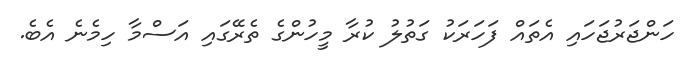
ހަންޖަރުޖަހައި އެތައް ފަހަރަކު ގަތުލު ކުރާ މީހުންގެ ތެރޭގައި އަސްމާ ހިމެނެ އެބެ.